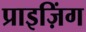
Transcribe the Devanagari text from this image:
प्राइज़िंग